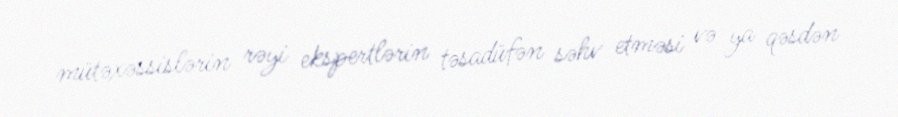
mütəxəssislərin rəyi ekspertlərin təsadüfən səhv etməsi və ya qəsdən